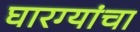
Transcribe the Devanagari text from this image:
घारग्यांचा